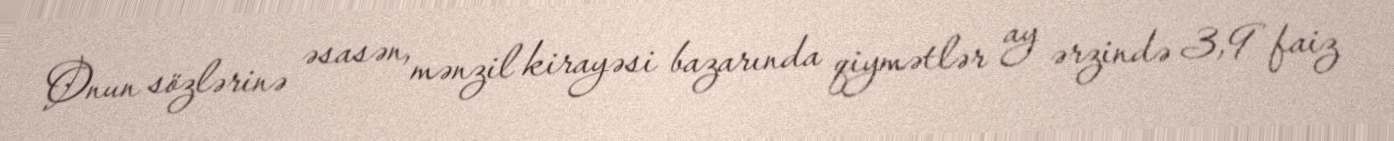
Onun sözlərinə əsasən, mənzil kirayəsi bazarında qiymətlər ay ərzində 3,9 faiz